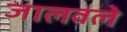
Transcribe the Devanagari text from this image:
जालवले